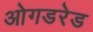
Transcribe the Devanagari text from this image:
ओगडरेड